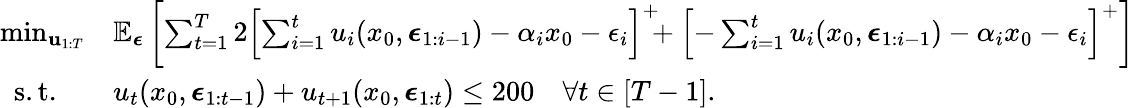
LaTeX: \begin{array}{rl}{\operatorname*{min}_{{\mathbf u}_{1:T}}}&{\mathbb{E}_{\boldsymbol{\epsilon}}\left[\sum_{t=1}^{T}2\left[\sum_{i=1}^{t}u_{i}(x_{0},\boldsymbol{\epsilon}_{1:i-1})-\alpha_{i}x_{0}-\epsilon_{i}\right]^{+}\! \! \! +\left[-\sum_{i=1}^{t}u_{i}(x_{0},\boldsymbol{\epsilon}_{1:i-1})-\alpha_{i}x_{0}-\epsilon_{i}\right]^{+}\right]}\\ {\mathrm{s.t.}\quad}&{u_{t}(x_{0},\boldsymbol{\epsilon}_{1:t-1})+u_{t+1}(x_{0},\boldsymbol{\epsilon}_{1:t})\leq 200\quad\forall t\in[T-1].}\end{array}